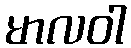
မာလဝါ